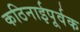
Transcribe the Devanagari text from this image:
कठिनाईपूर्वक